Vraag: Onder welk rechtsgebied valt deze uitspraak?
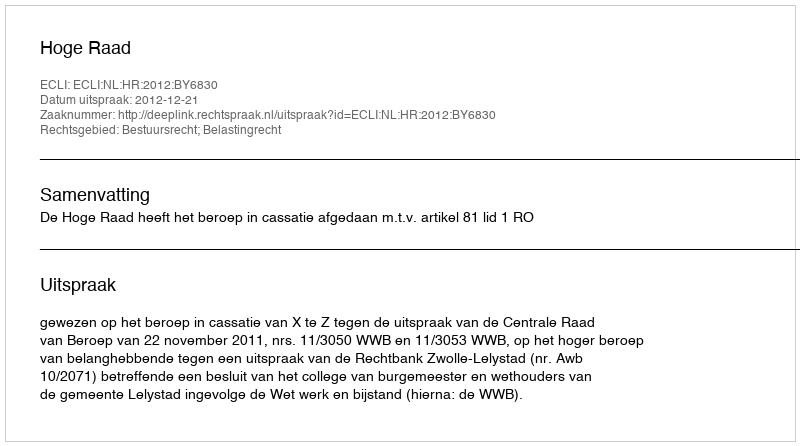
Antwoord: Bestuursrecht; Belastingrecht